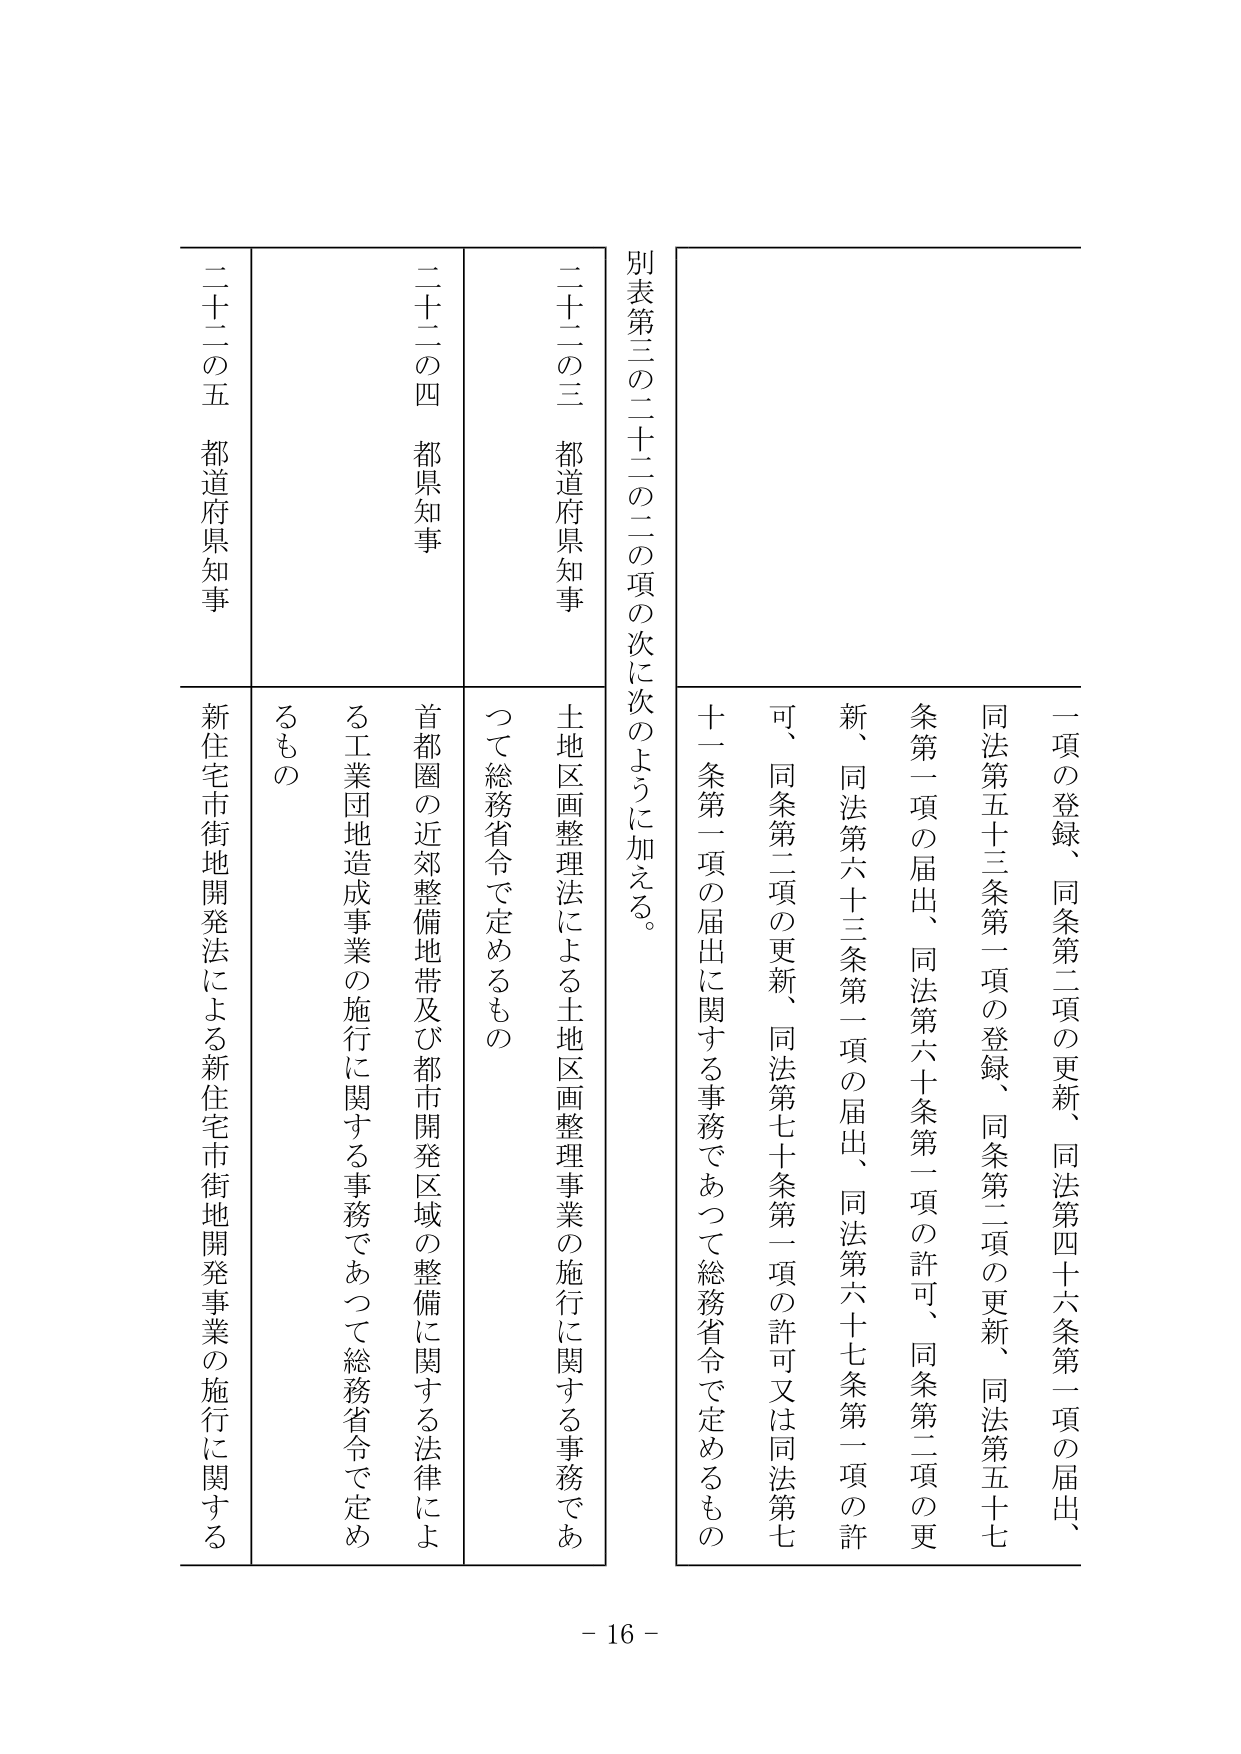
別表第三の二十二の二の項の次に次のように加える。

一項の登録、同条第二項の更新、同法第四十六条第一項の届出、
同法第五十三条第一項の登録、同条第二項の更新、同法第五十七条第一項の届出、同法第六十条第一項の許可、同条第二項の更新、同法第六十三条第一項の届出、同法第六十七条第一項の許可、同条第二項の更新、同法第七十条第一項の許可又は同法第七十一条第一項の届出に関する事務であって総務省令で定めるもの

二十二の三 都道府県知事
土地区画整理法による土地区画整理事業の施行に関する事務であって総務省令で定めるもの

二十二の四 都県知事
首都圏の近郊整備地帯及び都市開発区域の整備に関する法律による工業団地造成事業の施行に関する事務であって総務省令で定めるもの

二十二の五 都道府県知事
新住宅市街地開発法による新住宅市街地開発事業の施行に関する

- 16 -